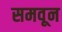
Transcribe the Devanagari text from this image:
समवून